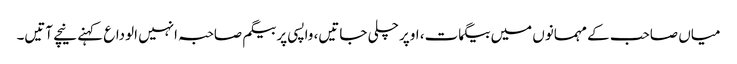
میاں صاحب کے مہمانوں میں بیگمات، اوپر چلی جاتیں، واپسی پر بیگم صاحبہ انہیں الوداع کہنے نیچے آتیں۔